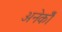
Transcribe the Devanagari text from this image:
अनेकोँ